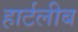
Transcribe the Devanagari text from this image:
हार्टलीब